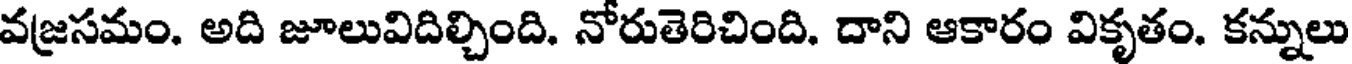
వజ్రసమం. అది జూలువిదిల్చింది. నోరుతెరిచింది. దాని ఆకారం వికృతం. కన్నులు